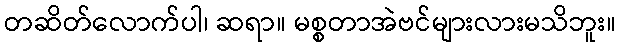
တဆိတ်လောက်ပါ၊ ဆရာ။ မစ္စတာအဲဗင်များလားမသိဘူး။